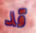
قد